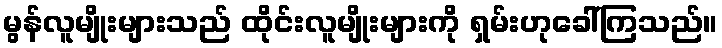
မွန်လူမျိုးများသည် ထိုင်းလူမျိုးများကို ရှမ်းဟုခေါ်ကြသည်။